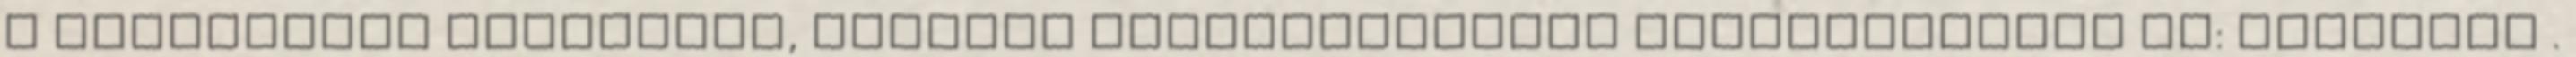
a periférián található, nehezen megközelíthető településeken pl: Várbalog .